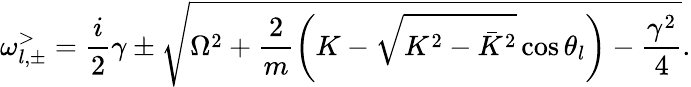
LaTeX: \omega_{l,\pm}^{>}=\frac{i}{2}\gamma\pm\sqrt{\Omega^{2}+\frac{2}{m}\left(K-\sqrt{K^{2}-\bar{K}^{2}}\cos\theta_{l}\right)-\frac{\gamma^{2}}{4}}.